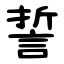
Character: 誓